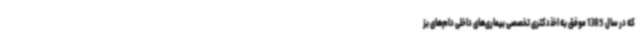
که در سال 1385 موفق به اخذدکتری تخصصی بیماری‌های داخلی دام‌های بز